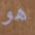
هو